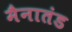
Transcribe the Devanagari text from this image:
मैनातंड